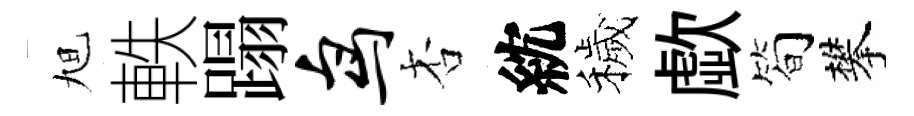
旭軼蹋鸟杏紞穢歔筍攀